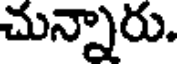
చున్నారు.